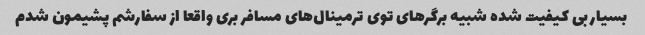
بسیار بی کیفیت شده شبیه برگرهای توی ترمینال‌های مسافر بری واقعا از سفارشم پشیمون شدم